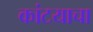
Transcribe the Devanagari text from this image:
कांटयाचा